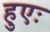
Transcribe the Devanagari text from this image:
हुएः